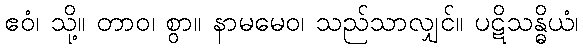
ဧဝံ၊ သို့။ တာဝ၊ စွာ။ နာမမေဝ၊ သည်သာလျှင်။ ပဋိသန္ဓိယံ၊